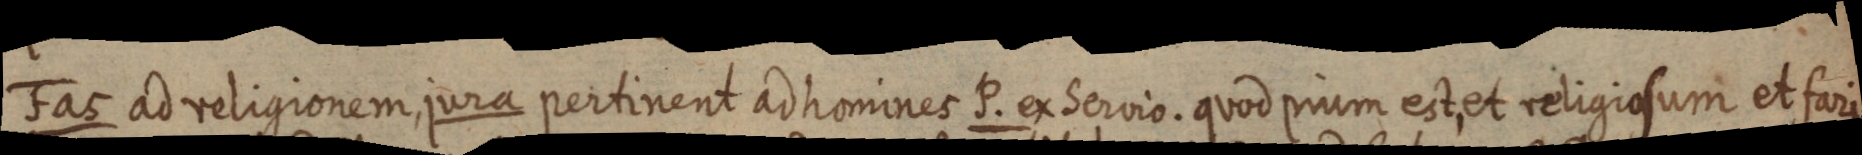
Fas ad religionem, jura pertinent ad homines P. ex Servio. quod pium est, et religiosum et fari